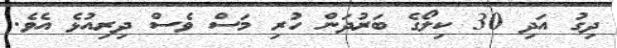
ދިގު އަދި 30 ކިލޯގެ ބަރުދަން ހުރި މަސް ވެސް ދިރިއުޅެ އެވެ.